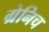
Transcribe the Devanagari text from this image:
ग्रेनिच